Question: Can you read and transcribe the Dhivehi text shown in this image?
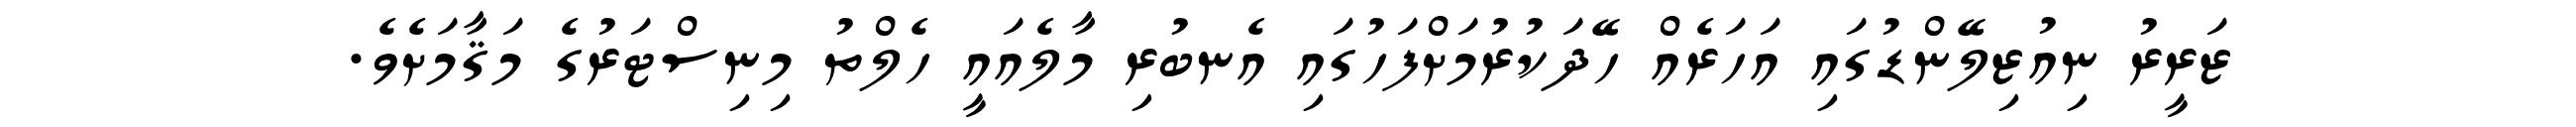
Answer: ޒަރީރު ނިއުޒިލޭންޑުގައި އަހަރެއް ހޭދަކުރުމަށްފަހުގައި އެނބުރި މާލެއައީ ހެލްތު މިނިސްޓަރުގެ މަޤާމަށެވެ.